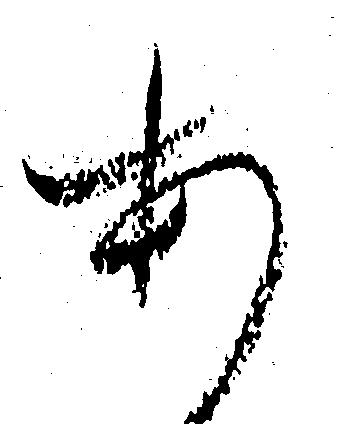
あ